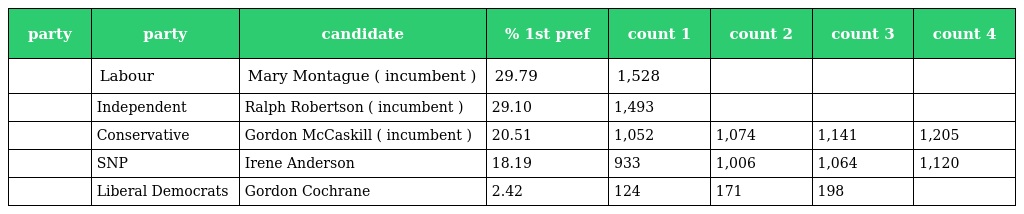
| party | party | candidate | % 1st pref | count 1 | count 2 | count 3 | count 4 |
 | --- | --- | --- | --- | --- | --- | --- | --- |
 |  | Labour | Mary Montague ( incumbent ) | 29.79 | 1,528 |  |  |  |
 |  | Independent | Ralph Robertson ( incumbent ) | 29.10 | 1,493 |  |  |  |
 |  | Conservative | Gordon McCaskill ( incumbent ) | 20.51 | 1,052 | 1,074 | 1,141 | 1,205 |
 |  | SNP | Irene Anderson | 18.19 | 933 | 1,006 | 1,064 | 1,120 |
 |  | Liberal Democrats | Gordon Cochrane | 2.42 | 124 | 171 | 198 |  |